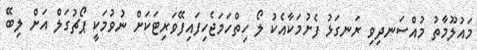
މައުލޫމާތު މުއްސަނދިވި ރަނގަޅު ފެށުމަކާއެކު ލޯ ހިތްހަމަޖެހިފައިފޭވަރިޓަކަށް ނުވުމަކީ ޕޯޗުގަލް އަށް ލިބޭ